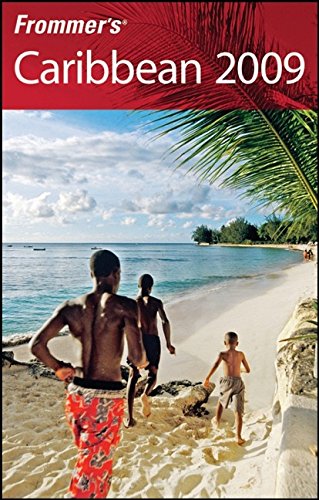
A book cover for Frommer's Caribbean 2009 (Frommer's Complete Guides); Christina Paulette Colon; Travel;